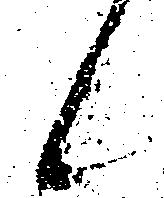
候